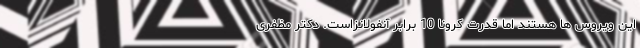
این ویروس ها هستند اما قدرت کرونا 10 برابر آنفولانزاست. دکتر مظفری